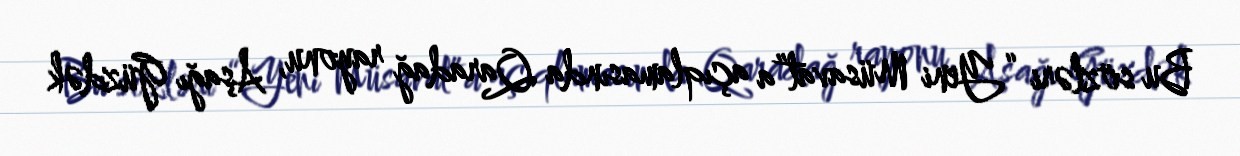
Bu sözləri “Yeni Müsavat”a açıqlamasında Qaradağ rayonu, Aşağı Güzdək